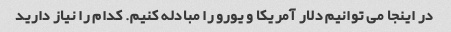
در اینجا می توانیم دلار آمریکا و یورو را مبادله کنیم. کدام را نیاز دارید